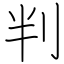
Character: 判